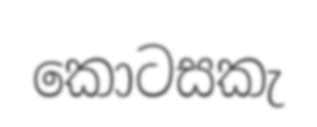
කොටසකැ